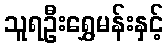
သူရဦးရွှေမန်းနှင့်